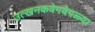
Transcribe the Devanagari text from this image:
उत्खनकवेगवेगळ्या